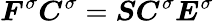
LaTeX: \boldsymbol{F}^{\sigma}\boldsymbol{C}^{\sigma}=\boldsymbol{S}\boldsymbol{C}^{\sigma}\boldsymbol{E}^{\sigma}